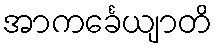
အာကင်္ခေယျာတိ